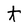
Character: t